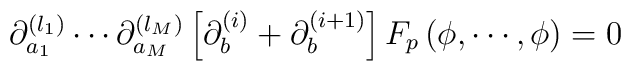
\partial^{(l_1)}_{a_1} \cdots \partial^{(l_M)}_{a_M} \left[ \partial^{(i)}_b + \partial^{(i+1)}_b \right]       F_p \, (\phi, \cdots, \phi)= 0